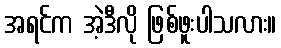
အရင်က အဲ့ဒီလို ဖြစ်ဖူးပါသလား။